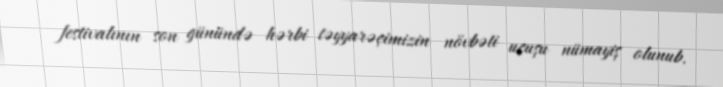
festivalının son günündə hərbi təyyarəçimizin növbəti uçuşu nümayiş olunub.